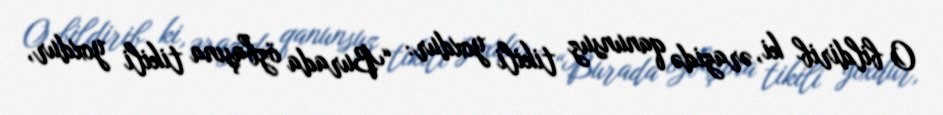
O bildirib ki, ərazidə qanunsuz tikili yoxdur: “Burada özbaşına tikili yoxdur,